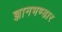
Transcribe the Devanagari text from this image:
ज्ञानभण्डार